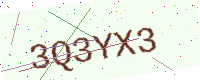
Text: 3Q3YX3